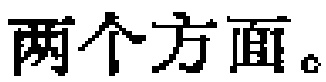
两个方面。